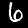
Digit: 6